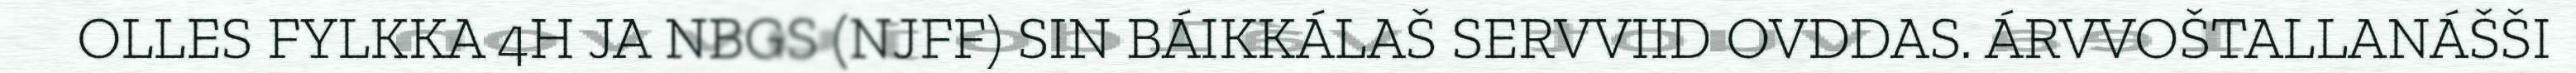
OLLES FYLKKA 4H JA NBGS (NJFF) SIN BÁIKKÁLAŠ SERVVIID OVDDAS. ÁRVVOŠTALLANÁŠŠI